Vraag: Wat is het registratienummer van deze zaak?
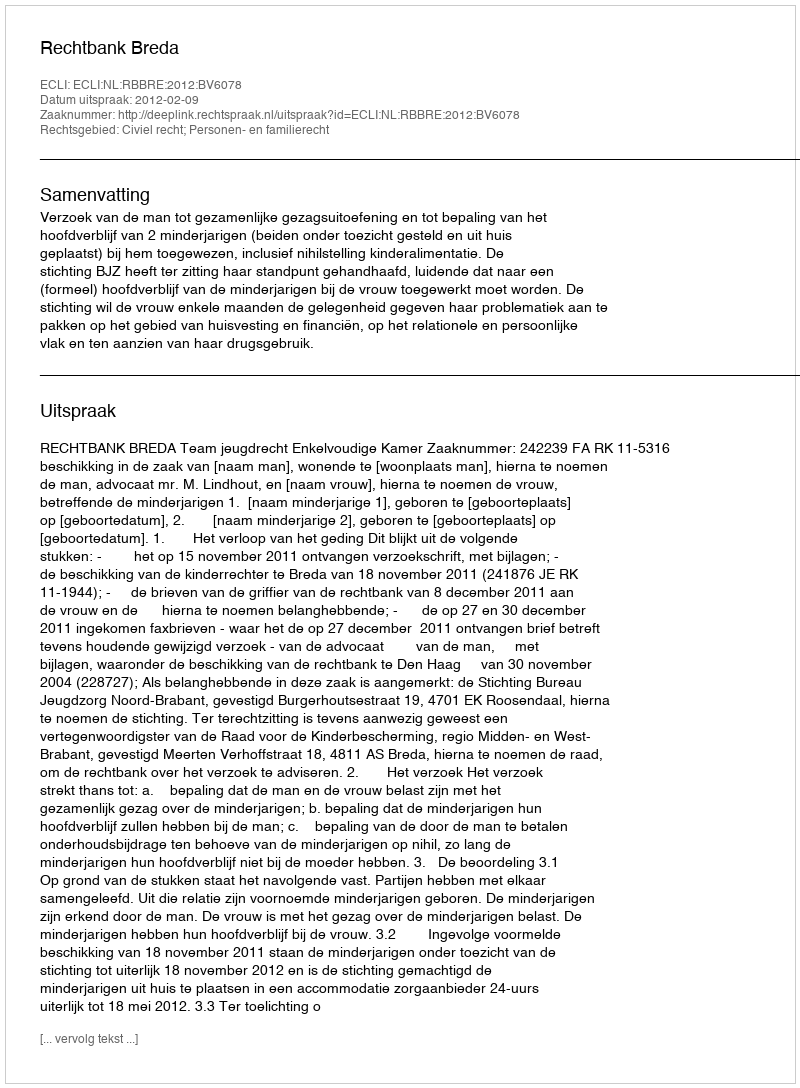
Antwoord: http://deeplink.rechtspraak.nl/uitspraak?id=ECLI:NL:RBBRE:2012:BV6078